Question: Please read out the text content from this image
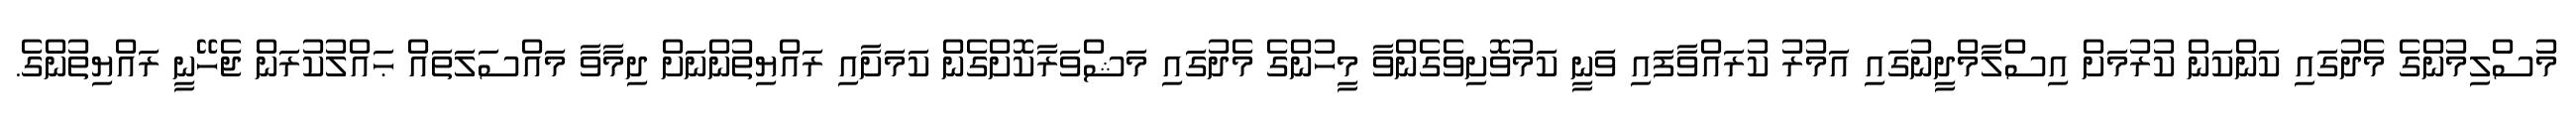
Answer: މުސްލިމުންގެ މެދުގައި ކަންކަން ކުރުމަށް އިސްލާމްދީނުގައި އަމުރު ކުރައްވާފައި ވަނީ ކަމުވޮށިވެގެންވާ މީހުންގެ މެދުގައި މަޝްވަރާކޮށްގެން ކަމަށާއި ރައްޔިތުންނަށް ދިމާވާ މައްސަލަތައް ޙައްލުކުރަން ޖެހޭނީ ރައްޔިތުންގެ.